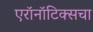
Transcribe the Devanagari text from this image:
एरॉनॉटिक्सचा